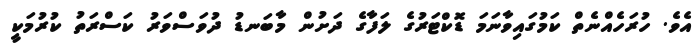
އެވެ. ހުރަހެއްނެތް ކަމުގައިވާނަމަ ޑޮކްޓަރުގެ ލަފާގެ ދަށުން މާބަނޑު ދުވަސްވަރު ކަސްރަތު ކުރުމަކީ